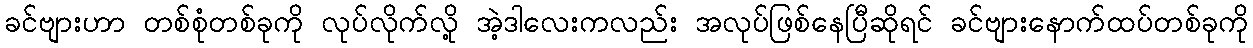
ခင်ဗျားဟာ တစ်စုံတစ်ခုကို လုပ်လိုက်လို့ အဲ့ဒါလေးကလည်း အလုပ်ဖြစ်နေပြီဆိုရင် ခင်ဗျားနောက်ထပ်တစ်ခုကို